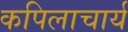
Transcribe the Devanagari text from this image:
कपिलाचार्य